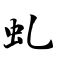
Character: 虬